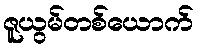
ဇူယွမ်တစ်ယောက်